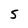
Character: 5